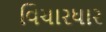
વિચારધાર